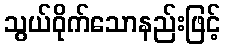
သွယ်ဝိုက်သောနည်းဖြင့်